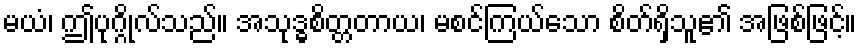
မယံ၊ ဤပုဂ္ဂိုလ်သည်။ အသုဒ္ဓစိတ္တတာယ၊ မစင်ကြယ်သော စိတ်ရှိသူ၏ အဖြစ်ဖြင့်။